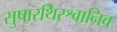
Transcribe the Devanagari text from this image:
सुषारथिरश्वानिव